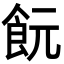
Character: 䬧